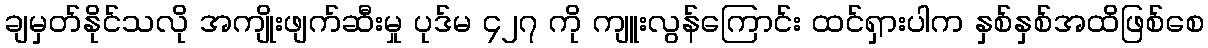
ချမှတ်နိုင်သလို အကျိုးဖျက်ဆီးမှု ပုဒ်မ ၄၂၇ ကို ကျူးလွန်ကြောင်း ထင်ရှားပါက နှစ်နှစ်အထိဖြစ်စေ